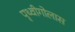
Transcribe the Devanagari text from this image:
पृथ्वीगोलास